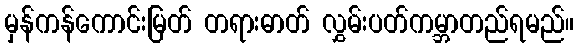
မှန်ကန်ကောင်းမြတ် တရားဓာတ် လွှမ်းပတ်ကမ္ဘာတည်ရမည်။